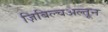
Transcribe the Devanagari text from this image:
ज़िबिल्चअल्तून